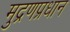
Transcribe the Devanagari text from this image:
मुद्रणप्रधान